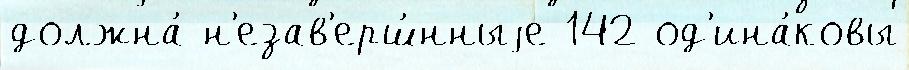
должна́ н'езав'ерш́нныjе 142 од'ина́ковы